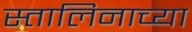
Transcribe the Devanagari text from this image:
स्तालिनाच्या